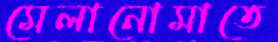
মেলানোমাতে